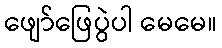
ဖျော်ဖြေပွဲပါ မေမေ။